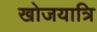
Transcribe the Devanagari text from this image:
खोजयात्रि